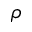
\rho